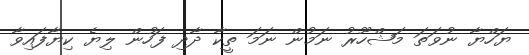
ޔަހްޔާ ނުވަތަ މަޝްހޫރު ނަމުން ނަމަ ތީކާ ދާދި ފަހުން ލިޔެ ކިޔާފައިވާ